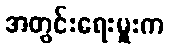
အတွင်းရေးမှူးက